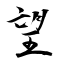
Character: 望